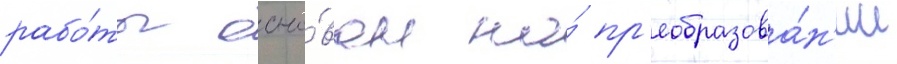
рабо́ты осно́ван на́ пр'еобразова́н'ии